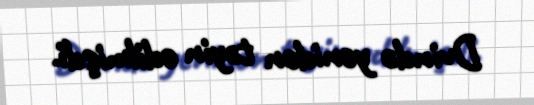
Dvində yenidən təyin edilmişdi.